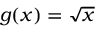
g ( x ) = \sqrt { x }